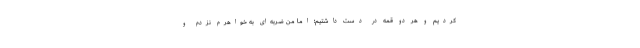
کردیم و هر دو قمه در دست داشتیم؛ اما من ضربه‌ای به خواهرم نزدم و